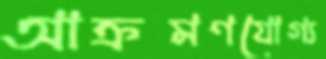
আক্রমণযোগ্য